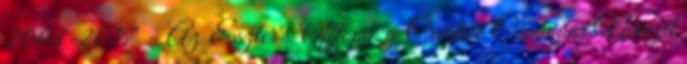
2008-2017 - Az Eszter's Offtopic a Creative Commons Nevezd